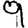
Digit: 9